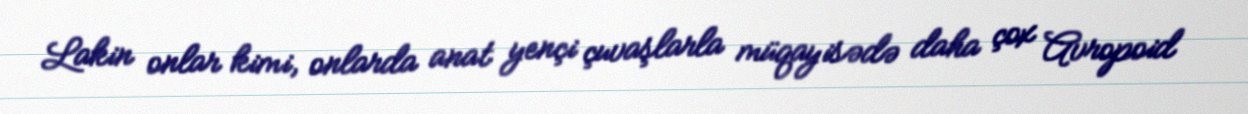
Lakin onlar kimi, onlarda anat yençi çuvaşlarla müqayisədə daha çox Avropoid